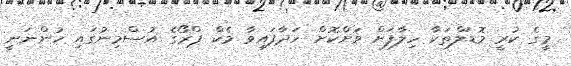
މީގެ ކުރީ މޮޑަލްތަކާ ހިލާފަށް ވަށްކޮށް ހަދާފައިވާ މެކް ޕްރޯގެ އުސްމިނުގައި ހުންނަނީ